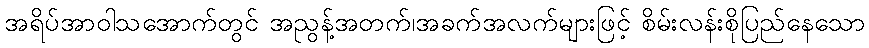
အရိပ်အာဝါသအောက်တွင် အညွန့်အတက်၊အခက်အလက်များဖြင့် စိမ်းလန်းစိုပြည်နေသော